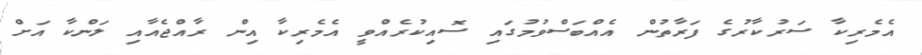
އެމެރިކާ ސަރުކާރުގެ ފަރާތުން އެއްބަސްވުމުގައި ސޮއިކުރެއްވީ އެމެރިކާ އިން ރާއްޖެއާއި ލަންކާ އަށް